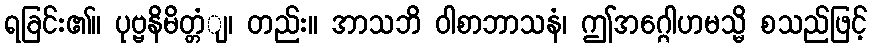
ရခြင်း၏။ ပုဗ္ဗနိမိတ္တံျ၊ တည်း။ အာသဘိ ဝါစာဘာသနံ၊ ဤအဂ္ဂေါဟမသ္မိ စသည်ဖြင့်